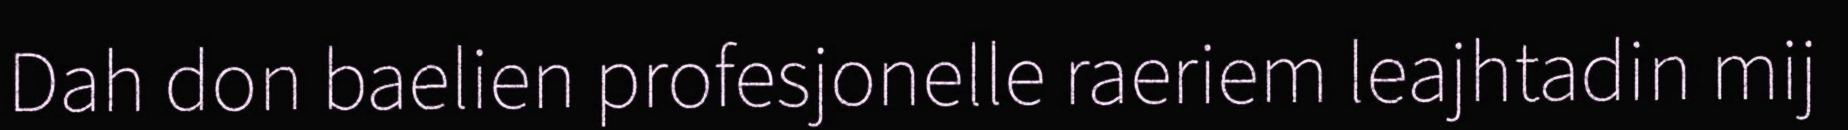
Dah don baelien profesjonelle raeriem leajhtadin mij